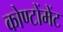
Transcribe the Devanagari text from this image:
कोण्टोंमेंट